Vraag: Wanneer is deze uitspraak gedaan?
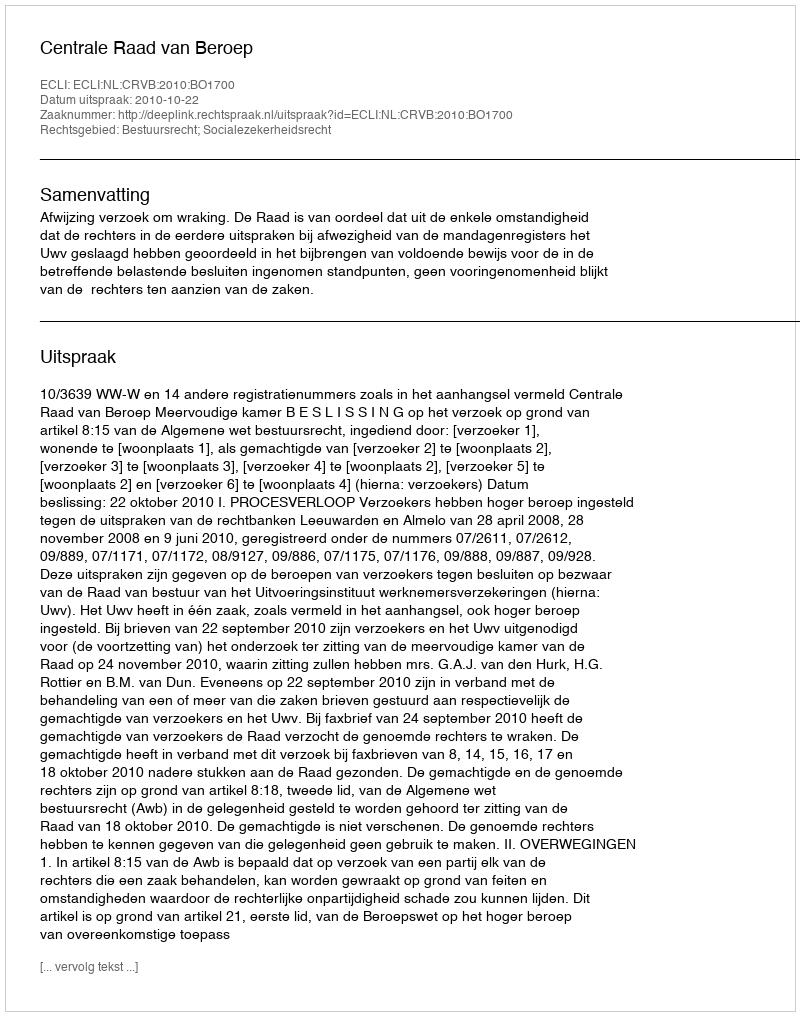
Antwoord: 2010-10-22